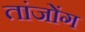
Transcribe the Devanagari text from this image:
तांजोंग